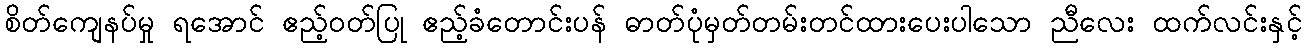
စိတ်ကျေနပ်မှု ရအောင် ဧည့်ဝတ်ပြု ဧည့်ခံတောင်းပန် ဓာတ်ပုံမှတ်တမ်းတင်ထားပေးပါသော ညီလေး ထက်လင်းနှင့်